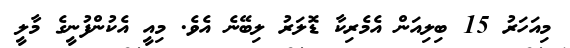
މިއަހަރު 15 ބިލިއަން އެމެރިކާ ޑޮލަރު ލިބޭނެ އެވެ. މިއީ އެކުންފުނީގެ މާލީ